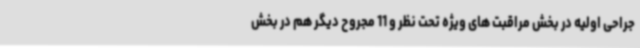
جراحی اولیه در بخش مراقبت های ویژه تحت نظر و 11 مجروح دیگر هم در بخش